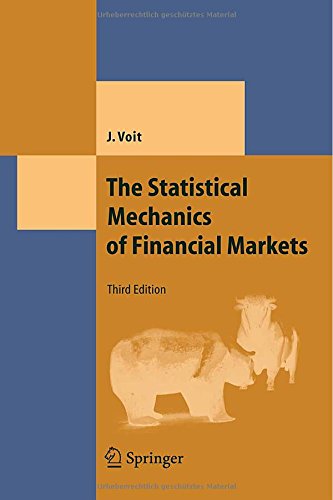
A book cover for The Statistical Mechanics of Financial Markets (Theoretical and Mathematical Physics); Johannes Voit; Science & Math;